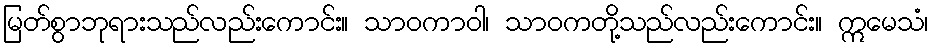
မြတ်စွာဘုရားသည်လည်းကောင်း။ သာဝကာဝါ၊ သာဝကတို့သည်လည်းကောင်း။ ဣမေသံ၊